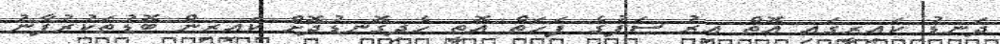
ދަނޑު ކައިރީގައި އޮތް އިރު ސަފުގެ ފަހަތް އޮތީ ހެދިގޮނޑުދޮށް ކައިރިން ބޮޑުތަކުރުފާނު